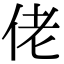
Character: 佬